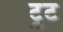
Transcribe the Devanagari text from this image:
ट्रुट